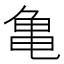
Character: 亀